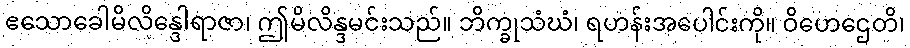
ဧသောခေါမိလိန္ဒေါရာဇာ၊ ဤမိလိန္ဒမင်းသည်။ ဘိက္ခုသံဃံ၊ ရဟန်းအပေါင်းကို။ ဝိဟေဌေတိ၊